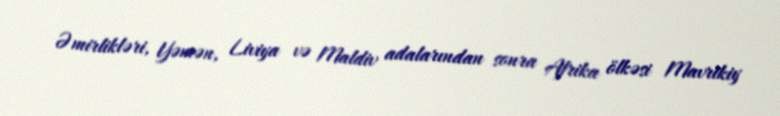
Əmirlikləri, Yəmən, Liviya və Maldiv adalarından sonra Afrika ölkəsi Mavrikiy